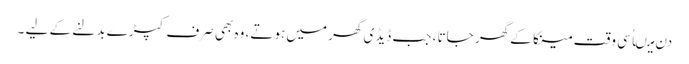
دن میںاُسی وقت مینکا کے گھر جاتا ، جب ڈیڈی گھر میں ہوتے، وہ بھی صرف کپڑے بدلنے کے لیے ۔